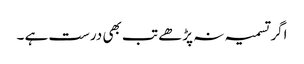
اگر تسمیہ نہ پڑھے تب بھی درست ہے ۔